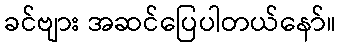
ခင်ဗျား အဆင်ပြေပါတယ်နော်။